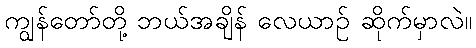
ကျွန်တော်တို့ ဘယ်အချိန် လေယာဉ် ဆိုက်မှာလဲ။